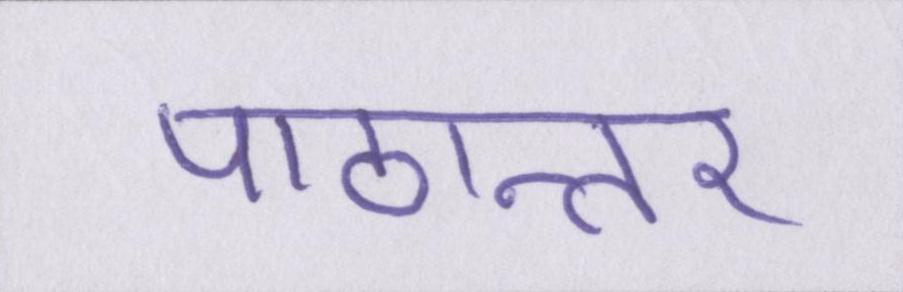
पाठान्तर